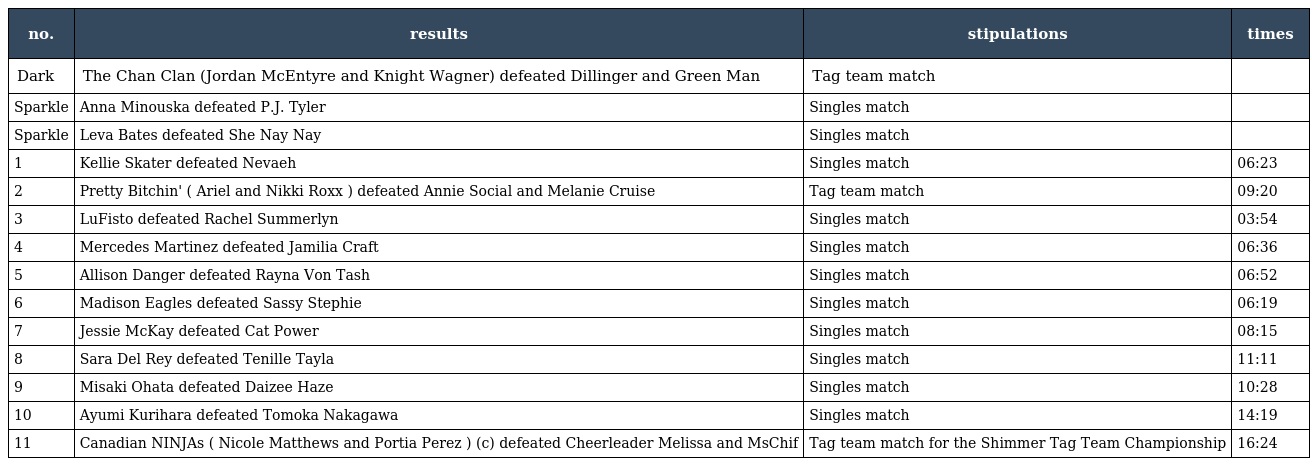
| no. | results | stipulations | times |
 | --- | --- | --- | --- |
 | Dark | The Chan Clan (Jordan McEntyre and Knight Wagner) defeated Dillinger and Green Man | Tag team match |  |
 | Sparkle | Anna Minouska defeated P.J. Tyler | Singles match |  |
 | Sparkle | Leva Bates defeated She Nay Nay | Singles match |  |
 | 1 | Kellie Skater defeated Nevaeh | Singles match | 06:23 |
 | 2 | Pretty Bitchin' ( Ariel and Nikki Roxx ) defeated Annie Social and Melanie Cruise | Tag team match | 09:20 |
 | 3 | LuFisto defeated Rachel Summerlyn | Singles match | 03:54 |
 | 4 | Mercedes Martinez defeated Jamilia Craft | Singles match | 06:36 |
 | 5 | Allison Danger defeated Rayna Von Tash | Singles match | 06:52 |
 | 6 | Madison Eagles defeated Sassy Stephie | Singles match | 06:19 |
 | 7 | Jessie McKay defeated Cat Power | Singles match | 08:15 |
 | 8 | Sara Del Rey defeated Tenille Tayla | Singles match | 11:11 |
 | 9 | Misaki Ohata defeated Daizee Haze | Singles match | 10:28 |
 | 10 | Ayumi Kurihara defeated Tomoka Nakagawa | Singles match | 14:19 |
 | 11 | Canadian NINJAs ( Nicole Matthews and Portia Perez ) (c) defeated Cheerleader Melissa and MsChif | Tag team match for the Shimmer Tag Team Championship | 16:24 |